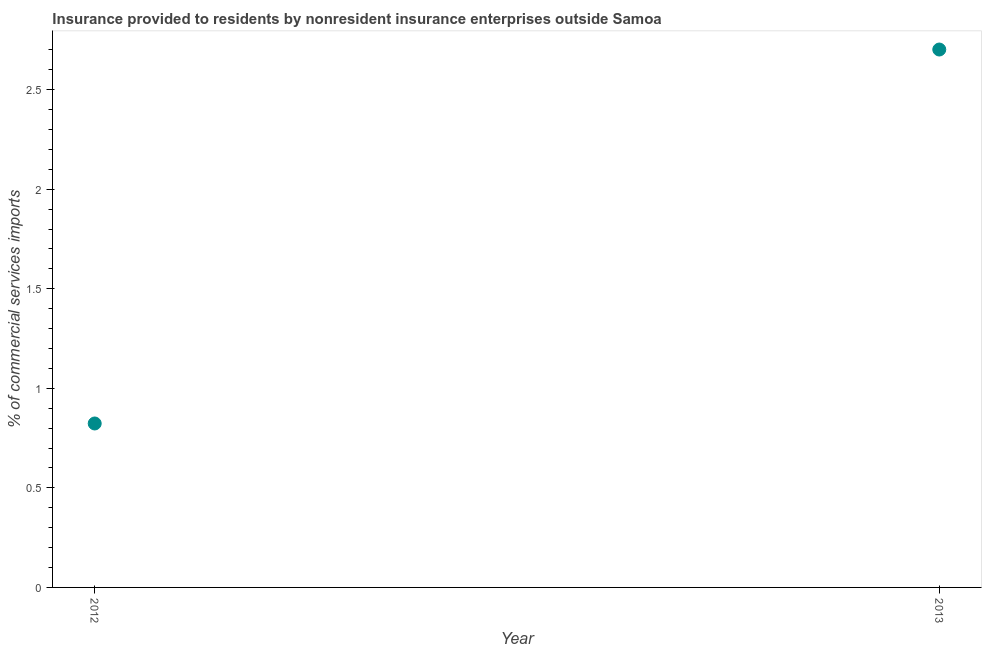
| Year | Insurance provided by non-residents |
 | --- | --- |
 | 2012 | 0.823 |
 | 2013 | 2.7 |